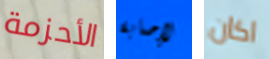
الأحزمة لإصابة اكان